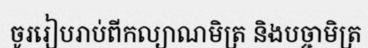
ចូររៀបរាប់ពីកល្យាណមិត្រ និងបច្ចាមិត្រ